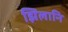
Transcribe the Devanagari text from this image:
झिलानि